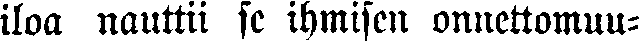
iloa nauttii se ihmisen onnettomuu-